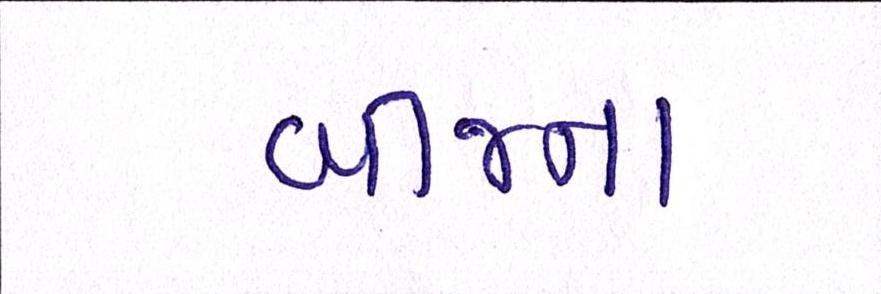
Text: બીજના